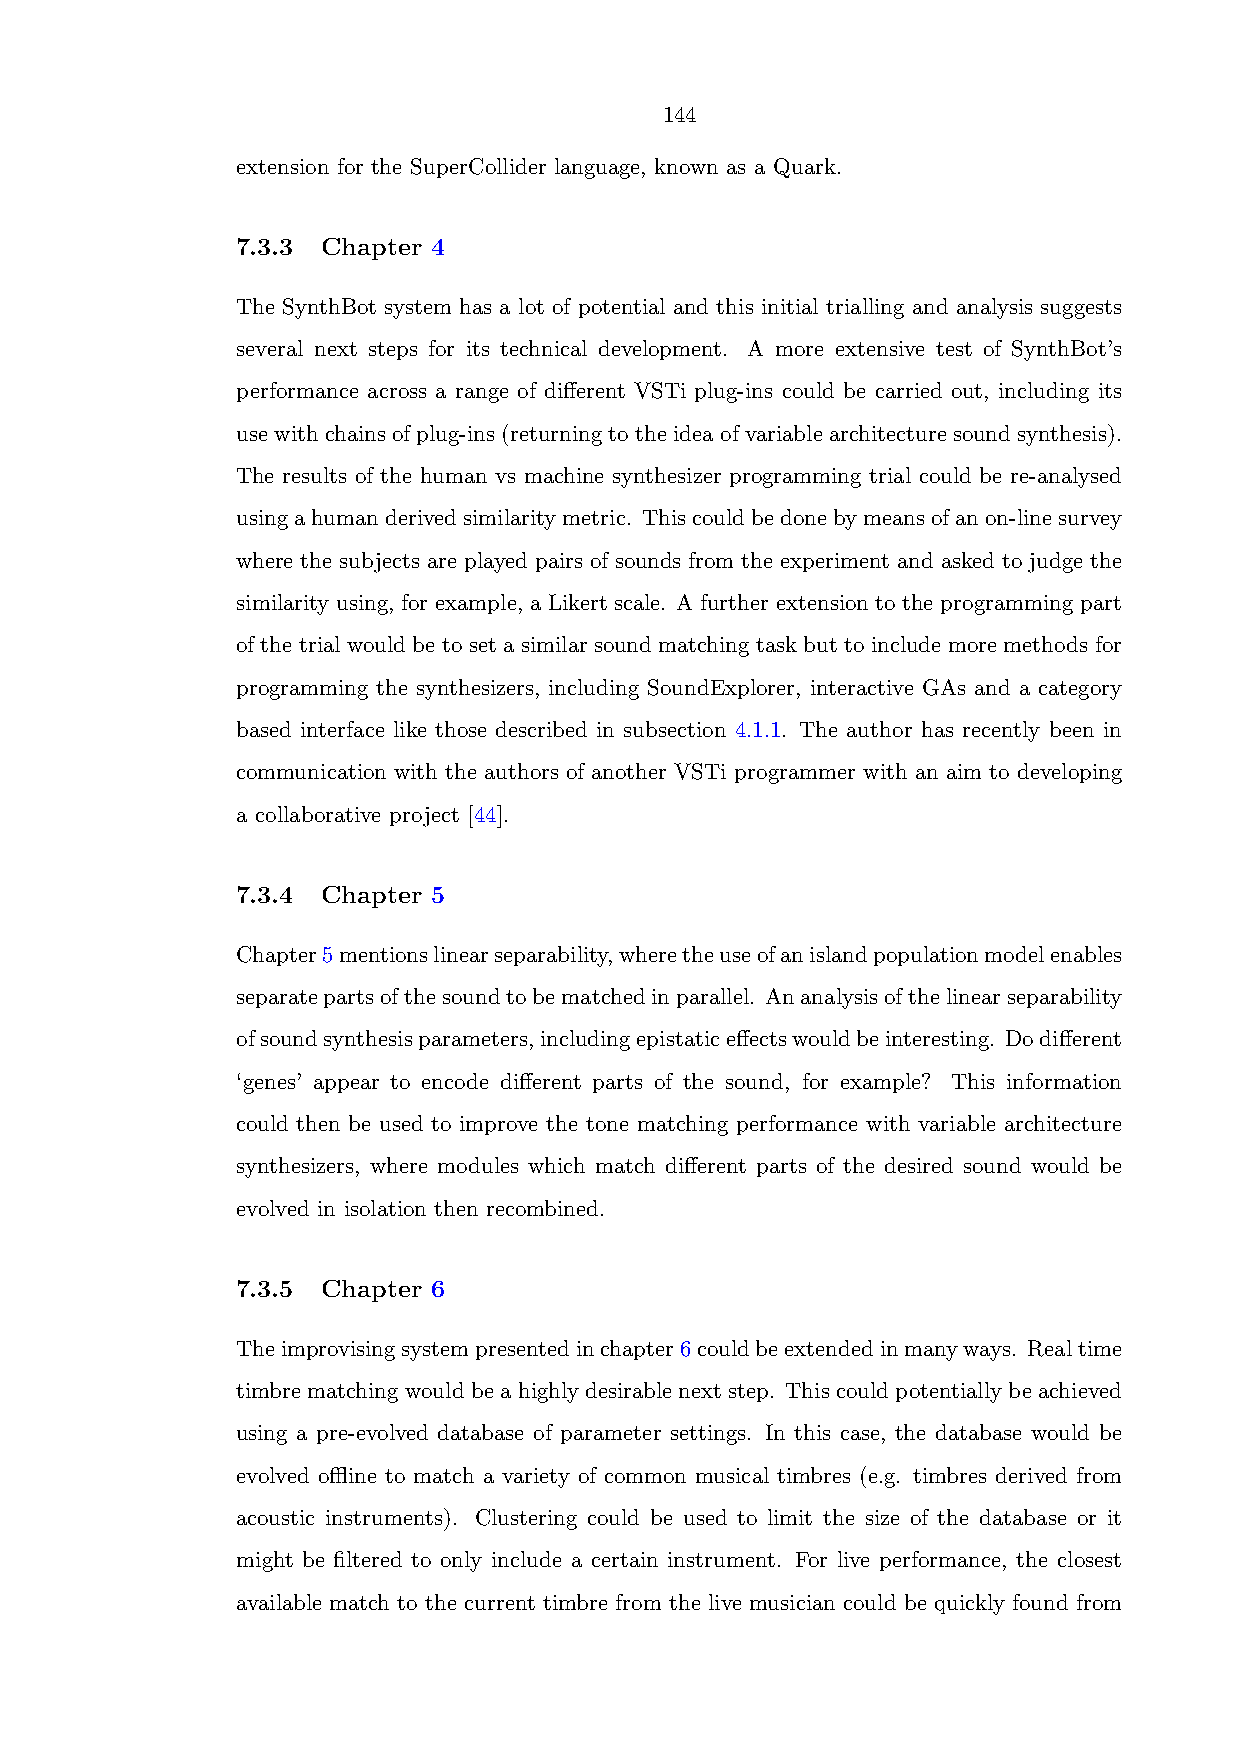
144
 extension for the SuperCollider language, known as a Quark.
 7.3.3 Chapter 4
 The SynthBot system has a lot of potential and this initial trialling and analysis suggests
 several next steps for its technical development. A more extensive test of SynthBot’s
 performance across a range of different VSTi plug-ins could be carried out, including its
 use with chains of plug-ins (returning to the idea of variable architecture sound synthesis).
 The results of the human vs machine synthesizer programming trial could be re-analysed
 usingahumanderivedsimilaritymetric. Thiscouldbedonebymeansofanon-linesurvey
 where the subjects are played pairs of sounds from the experiment and asked to judge the
 similarity using, for example, a Likert scale. A further extension to the programming part
 of the trial would be to set a similar sound matching task but to include more methods for
 programming the synthesizers, including SoundExplorer, interactive GAs and a category
 based interface like those described in subsection 4.1.1. The author has recently been in
 communication with the authors of another VSTi programmer with an aim to developing
 a collaborative project [44].
 7.3.4 Chapter 5
 Chapter5mentionslinearseparability,wheretheuseofanislandpopulationmodelenables
 separatepartsofthesoundtobematchedinparallel. Ananalysisofthelinearseparability
 ofsoundsynthesisparameters,includingepistaticeffectswouldbeinteresting. Dodifferent
 ‘genes’ appear to encode different parts of the sound, for example? This information
 could then be used to improve the tone matching performance with variable architecture
 synthesizers, where modules which match different parts of the desired sound would be
 evolved in isolation then recombined.
 7.3.5 Chapter 6
 Theimprovisingsystempresentedinchapter6couldbeextendedinmanyways. Realtime
 timbre matching would be a highly desirable next step. This could potentially be achieved
 using a pre-evolved database of parameter settings. In this case, the database would be
 evolved offline to match a variety of common musical timbres (e.g. timbres derived from
 acoustic instruments). Clustering could be used to limit the size of the database or it
 might be filtered to only include a certain instrument. For live performance, the closest
 available match to the current timbre from the live musician could be quickly found from